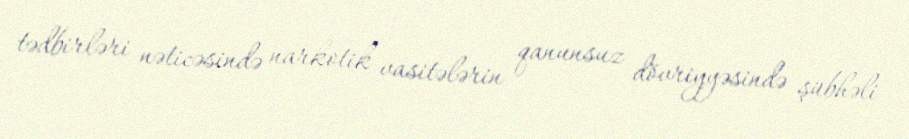
tədbirləri nəticəsində narkotik vasitələrin qanunsuz dövriyyəsində şübhəli